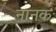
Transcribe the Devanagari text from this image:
नानकः